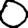
Digit: 0